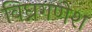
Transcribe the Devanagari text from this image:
विघ्नगणेश